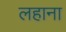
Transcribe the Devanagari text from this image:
लहाना